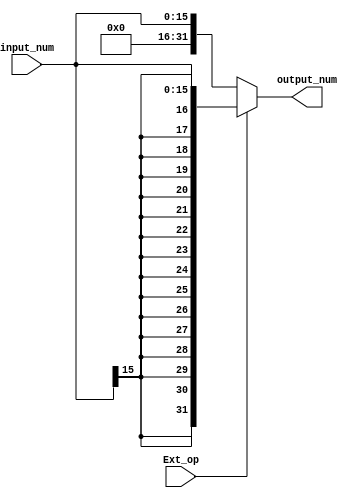
module Ext(input_num, Ext_op, output_num);
    input  [15:0] input_num;
    input         Ext_op;
    output reg [31:0] output_num;

    always @(*) 
        if (Ext_op)
            output_num = {{16{input_num[15]}}, input_num[15:0]};
        else
            output_num = {{16{1'b0}}, input_num[15:0]};

endmodule